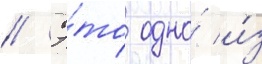
// Э́то одно́ и́з